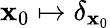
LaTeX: \mathbf{x}_{0}\mapsto\delta_{\mathbf{x}_{0}}